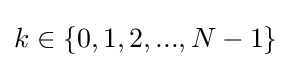
k\in \{0,1,2,...,N-1\}